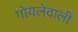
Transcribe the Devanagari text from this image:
गोयलेवाली